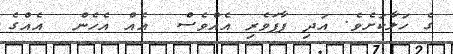
ގެ ހަލާކަށެވެ. އަދި ފާފަވެރި އެއްވެސް  އެއް އެހެން  އެއްގެ